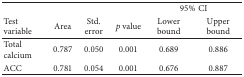
| <COLSPAN=4>  | <COLSPAN=2> 95% CI |
 | Test variable | Area | Std. error | p value | Lower bound | Upper bound |
 | --- | --- | --- | --- | --- | --- |
 | Total calcium | 0.787 | 0.050 | 0.001 | 0.689 | 0.886 |
 | ACC | 0.781 | 0.054 | 0.001 | 0.676 | 0.887 |